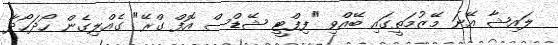
ލައިޝާ އޭނަ މޭޒުމަތީގައި ބޭއްވި "ފިފްޓީ ޝޭޑްސް އޮފް ގްރޭ" ގެއްލިގެން ހޯދަހޯދާ